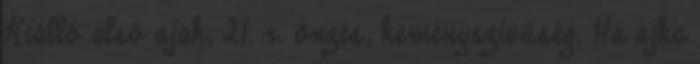
Kiálló alsó ajak, 21. r. önzés, keményszívűség. Ha ajka